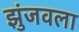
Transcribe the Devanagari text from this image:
झुंजवला